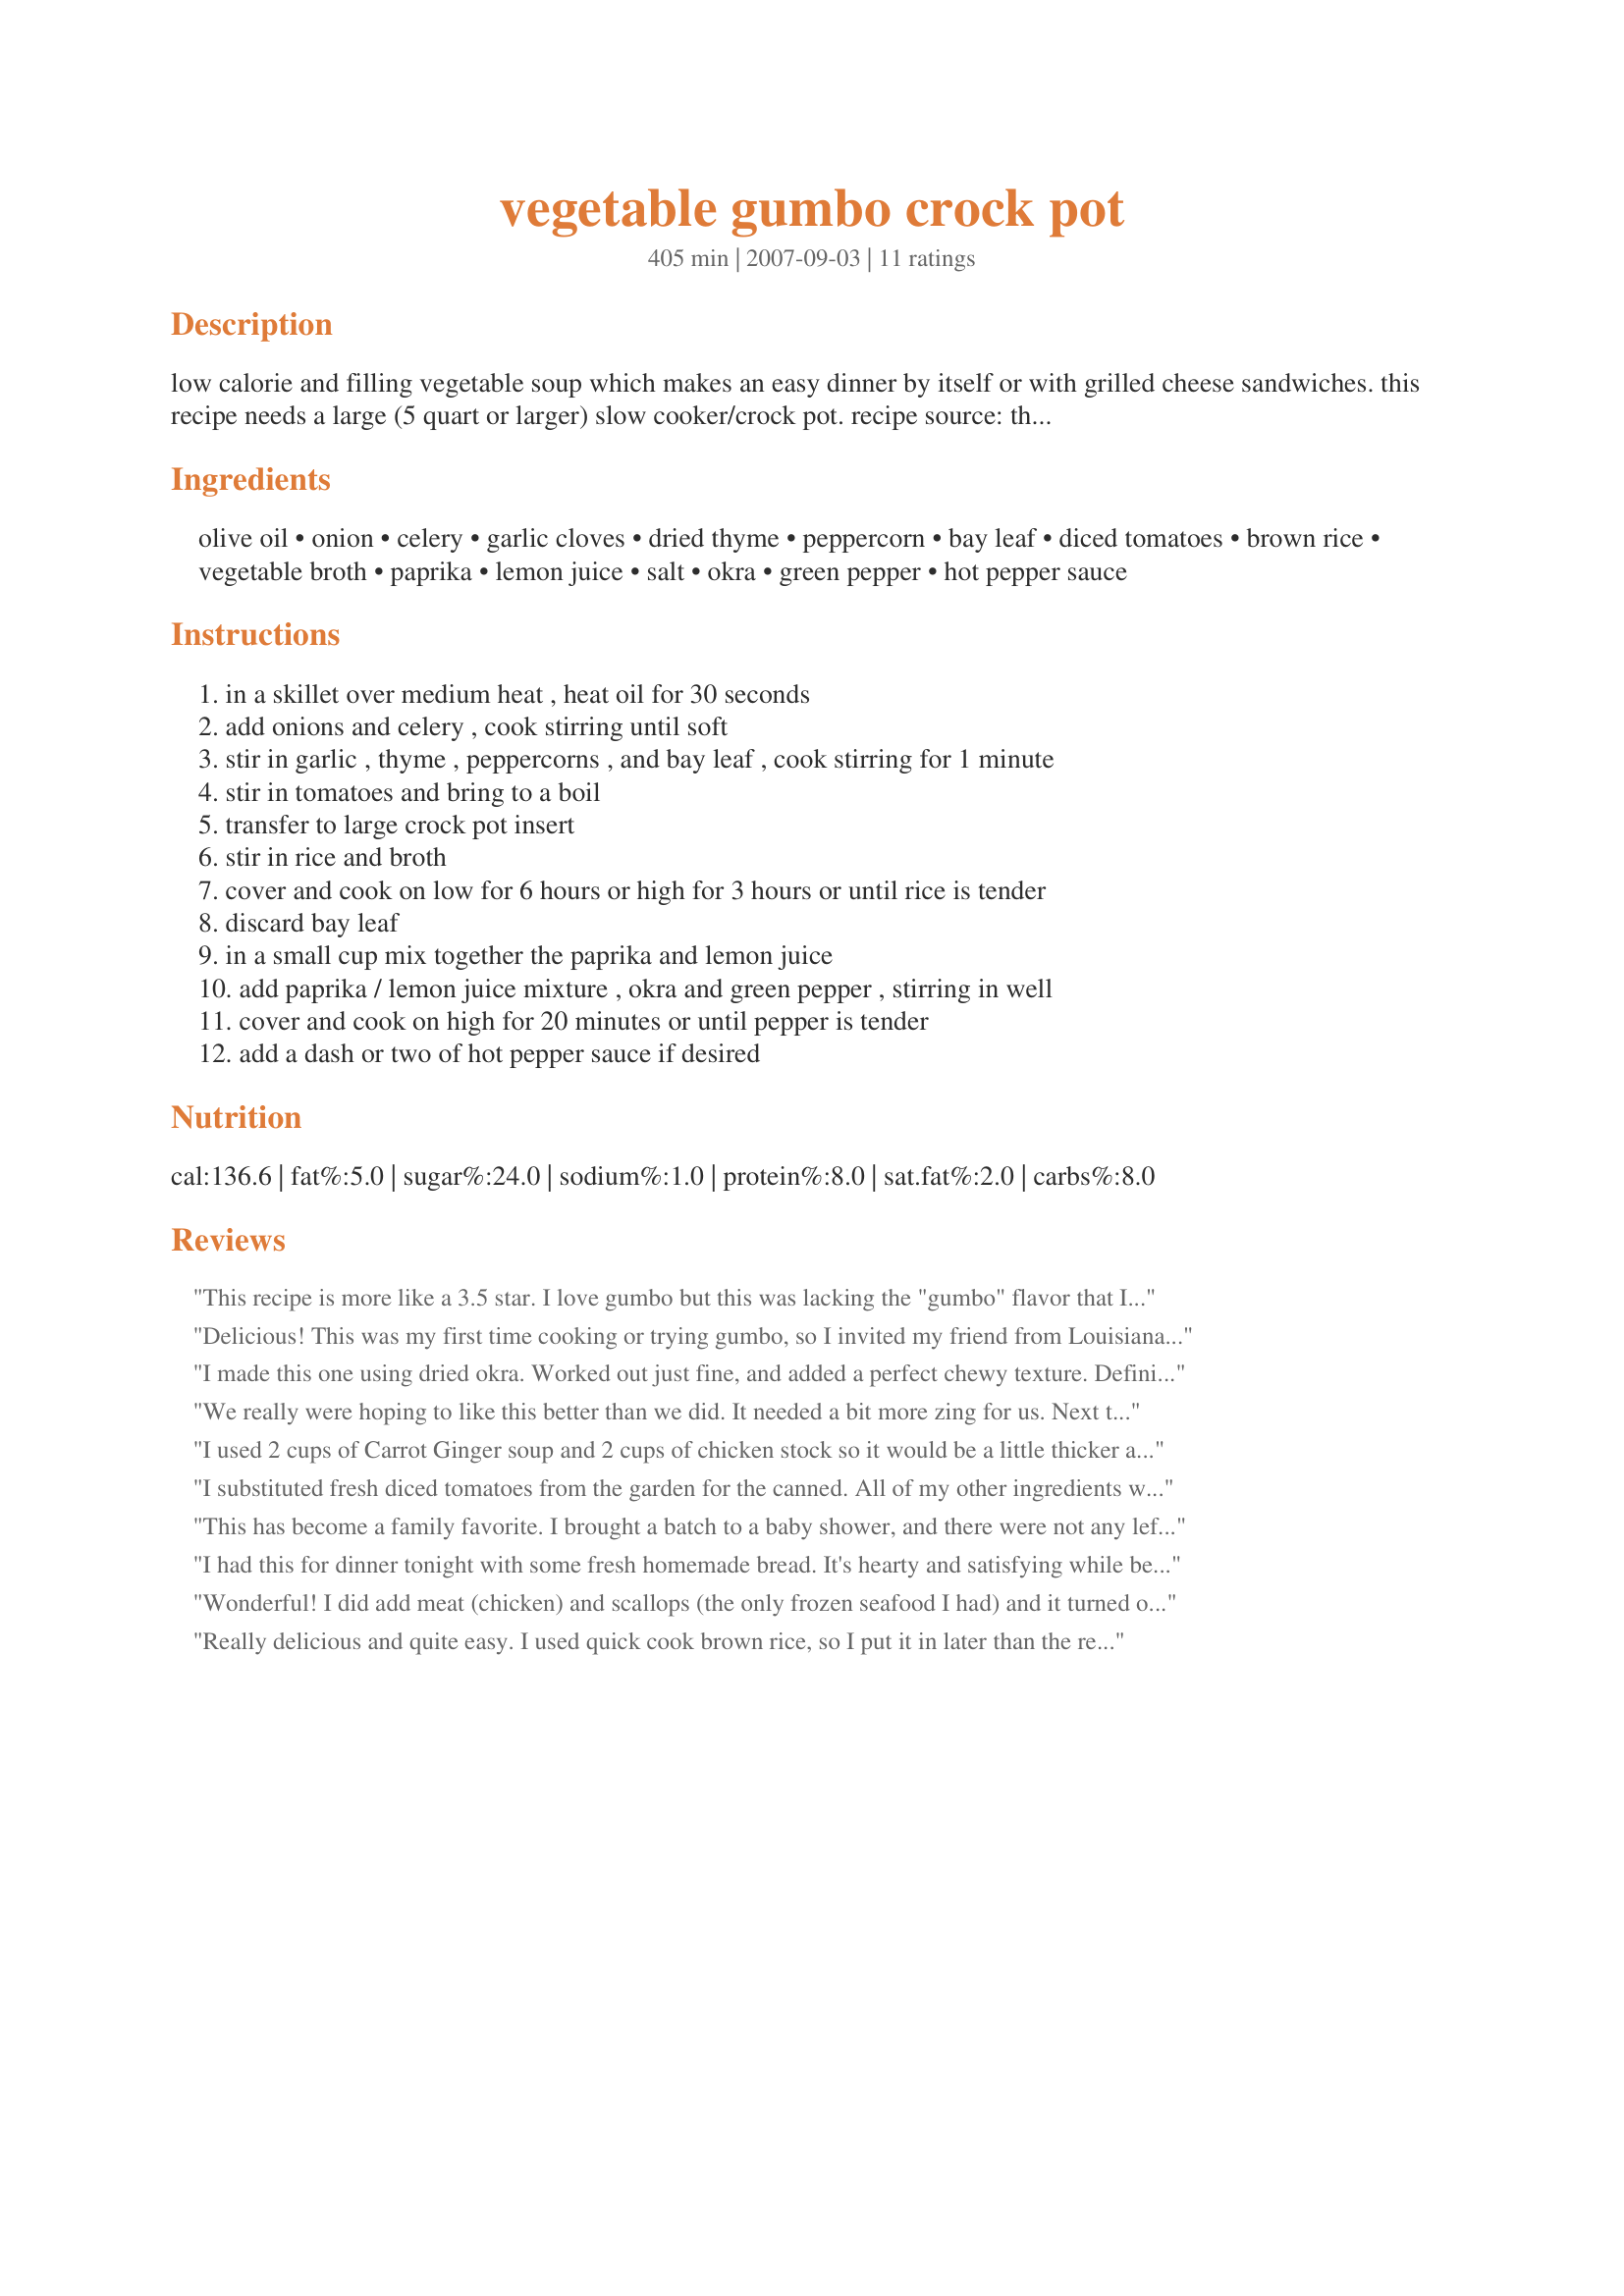
vegetable gumbo crock pot
Preparation time: 405 minutes

low calorie and filling vegetable soup which makes an easy dinner by itself or with grilled cheese sandwiches. this recipe needs a large (5 quart or larger) slow cooker/crock pot. recipe source: the healthy slow cooker

Ingredients:
olive oil, onion, celery, garlic cloves, dried thyme, peppercorn, bay leaf, diced tomatoes, brown rice, vegetable broth, paprika, lemon juice, salt, okra, green pepper, hot pepper sauce

Steps:
in a skillet over medium heat , heat oil for 30 seconds, add onions and celery , cook stirring until soft, stir in garlic , thyme , peppercorns , and bay leaf , cook stirring for 1 minute, stir in tomatoes and bring to a boil, transfer to large crock pot insert, stir in rice and broth, cover and cook on low for 6 hours or high for 3 hours or until rice is tender, discard bay leaf, in a small cup mix together the paprika and lemon juice, add paprika / lemon juice mixture , okra and green pepper , stirring in well, cover and cook on high for 20 minutes or until pepper is tender, add a dash or two of hot pepper sauce if desired

Reviews:
This recipe is more like a 3.5 star. I love gumbo but this was lacking the "gumbo" flavor that I am use to. Maybe it is the lack of meat. I also thought it could use a little bit more seasoning, the flavor seemed a little bland. But that could be because of the slow cooker. I did like this as a nice vegetable soup. It was really simple, quick and easy. Next time I will cut back on the okra and use 1 cup, since I am not a okra fan.<br/><br/>I will make this again.
Delicious! This was my first time cooking or trying gumbo, so I invited my friend from Louisiana to help my family eat it and tell me if it tasted right. He as well as the rest of us LOVED this gumbo! I had a tiny problem with the timing of the crockpot, but I think it might be the crockpot and not the recipe because after 7 hours of slow cooking nothing looked even close to cooked so I had to simmer it in a pan covered for about 20 minutes, add the okra, pepper, etc. and then cover and cook the additional 20 minutes. It was just enough food for the 5 of us. I wish I had gotten a picture of it, but everyone was eating it up so fast. ;) I will be making this again though next time I think I will double the recipe next time if I have anyone joining us. Thanks ellie! Made for Vegetarian Swap.
I made this one using dried okra. Worked out just fine, and added a perfect chewy texture. Definitively delicious with some salt and a dash of hot red chillipower.
We really were hoping to like this better than we did. It needed a bit more zing for us. Next time I'd think about some chili powder and would double the okra.
I used 2 cups of Carrot Ginger soup and 2 cups of chicken stock so it would be a little thicker and it came out really delicious. Will definitely make this again. This was really good.
I substituted fresh diced tomatoes from the garden for the canned. All of my other ingredients were fresh from the garden or the farm box. The only thing store bought was the celery. Everyone added their own hot sauce to suit their personal taste. It was thick, hearty and filling. We had it with grilled cheese sandwiches. Not what we would typically have on such a hot day, but we all enjoyed it.
This has become a family favorite. I brought a batch to a baby shower, and there were not any leftovers. Sometimes I add a few chicken breasts. I find that the rice cooks better if I add the tomatoes with the paprika and lemon juice instead of right away. I throw in frozen okra about two hours before serving.
I had this for dinner tonight with some fresh homemade bread. It's hearty and satisfying while being healthy. I loved crunching the peppercorns! this soup is a great mix of flavors from things I usually keep on hand. I have baby okra and didn't bother to slice them and used a red pepper as that is what I had. The lemon really sets everything off to very good effect and I wouldn't slack on it. I didn't need to add any salt as I used prepared veggie stock. Thanks ellie for a great keeper.
Wonderful! I did add meat (chicken) and scallops (the only frozen seafood I had) and it turned out great. Added much more Louisiana Hot Sauce as we like it spicy. Will definitely make again. Thanks! Update - made again, this time used scallops and some leftover venison roast. Delicious, again. Used 1 T Franks hot sauce and more okra, brown rice. Yum!
Really delicious and quite easy. I used quick cook brown rice, so I put it in later than the recipe said, and it worked out fine. DH loved it---looking forward to the leftovers.
Delicious!! My husband really enjoyed this! I was so worried because the last two attempts at feeding him okra were disasterous. I was on a mission to make a successful okra dish because he is from the south & has never eaten it!!!!!! We didn't have regular tabasco so I used the chipotle flavored & used A LOT!!!!! He loves hot sauce so I wasn't shy at all :D I also added in sliced carrots (probably not traditional in a gumbo) but I wanted extra veggies & he really enjoyed it. Thank so much for an easy one dish meal!!
